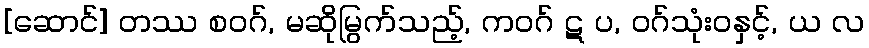
[ဆောင်] တဿ စဝဂ်, မဆိုမြွက်သည့်, ကဝဂ် ဋ ပ, ဝဂ်သုံးဝနှင့်, ယ လ